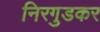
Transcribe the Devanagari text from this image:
निरगुडकर